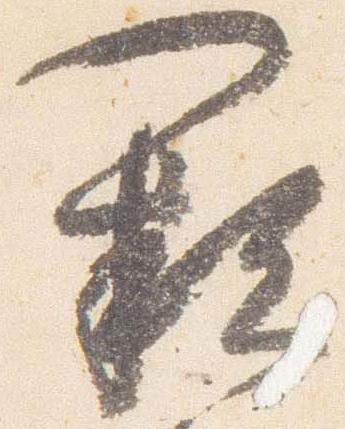
闕